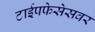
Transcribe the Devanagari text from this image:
टाईपफेसेसवर